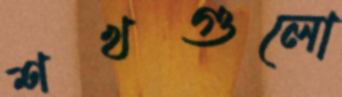
শখগুলো